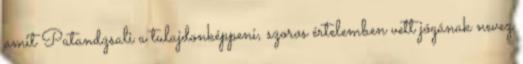
amit Patandzsali a tulajdonképpeni, szoros értelemben vett jógának nevez